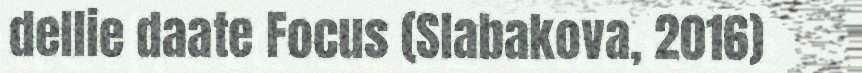
dellie daate Focus (Slabakova, 2016)